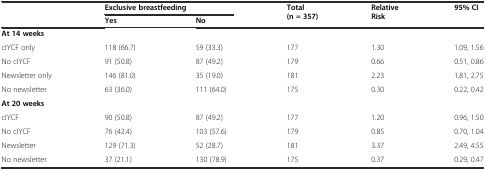
<table><thead><tr><td rowspan="2"></td><td colspan="2"><b>Exclusive breastfeeding</b></td><td rowspan="2"><b>Total (n = 357)</b></td><td rowspan="2"><b>Relative Risk</b></td><td rowspan="2"><b>95% CI</b></td></tr><tr><td><b>Yes</b></td><td><b>No</b></td></tr></thead><tbody><tr><td colspan="6"><b>At 14 weeks</b></td></tr><tr><td>cIYCF only</td><td>118 (66.7)</td><td>59 (33.3)</td><td>177</td><td>1.30</td><td>1.09, 1.56</td></tr><tr><td>No cIYCF</td><td>91 (50.8)</td><td>87 (49.2)</td><td>179</td><td>0.66</td><td>0.51, 0.86</td></tr><tr><td>Newsletter only</td><td>146 (81.0)</td><td>35 (19.0)</td><td>181</td><td>2.23</td><td>1.81, 2.75</td></tr><tr><td>No newsletter</td><td>63 (36.0)</td><td>111 (64.0)</td><td>175</td><td>0.30</td><td>0.22, 0.42</td></tr><tr><td colspan="6"><b>At 20 weeks</b></td></tr><tr><td>cIYCF</td><td>90 (50.8)</td><td>87 (49.2)</td><td>177</td><td>1.20</td><td>0.96, 1.50</td></tr><tr><td>No cIYCF</td><td>76 (42.4)</td><td>103 (57.6)</td><td>179</td><td>0.85</td><td>0.70, 1.04</td></tr><tr><td>Newsletter</td><td>129 (71.3)</td><td>52 (28.7)</td><td>181</td><td>3.37</td><td>2.49, 4.55</td></tr><tr><td>No newsletter</td><td>37 (21.1)</td><td>130 (78.9)</td><td>175</td><td>0.37</td><td>0.29, 0.47</td></tr></tbody></table>